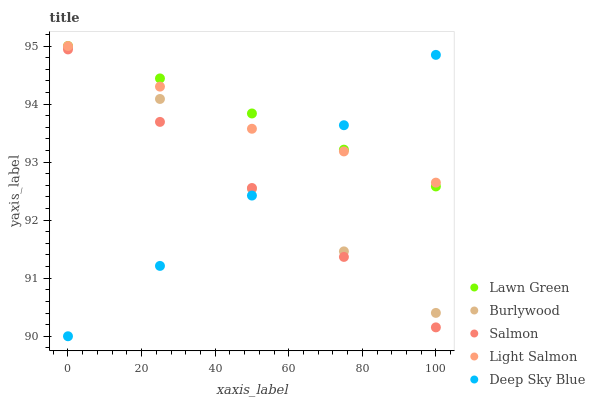
| xaxis_label | Lawn Green | Burlywood | Salmon | Light Salmon | Deep Sky Blue |
 | --- | --- | --- | --- | --- | --- |
 | 0 | 95 | 95 | 94.9 | 95 | 90 |
 | 25 | 94.4 | 94.1 | 93.7 | 94.3 | 91.2 |
 | 50 | 93.8 | 92.5 | 92.6 | 93.6 | 92.4 |
 | 75 | 93.2 | 91.5 | 91.4 | 93.2 | 93.6 |
 | 100 | 92.6 | 90.4 | 90.2 | 92.6 | 94.8 |